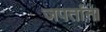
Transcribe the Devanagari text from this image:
जपतांना